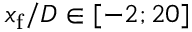
x _ { \mathrm { f } } / D \in [ - 2 ; 2 0 ]